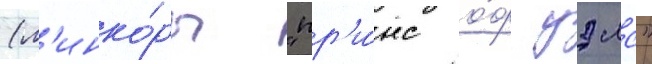
(л'инко́ры "пр'и́нс о́ф уэлс"